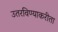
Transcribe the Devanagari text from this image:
उतरविण्याकरीता